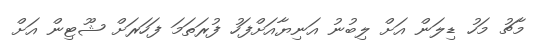
މާޗު މަހު ޑިލަން އަށް ލިބުނު އަނިޔާއަށްފަހު ފުރަތަމަ ފަހަރަށް ޝޫޓިން އަށް